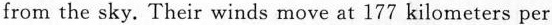
from the sky. Their winds move at 177 kilometers per